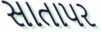
સાતાપર